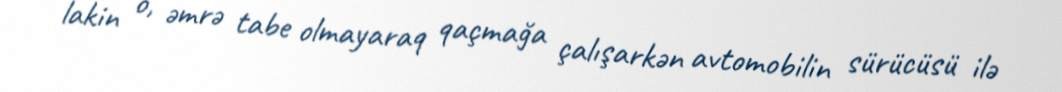
lakin o, əmrə tabe olmayaraq qaçmağa çalışarkən avtomobilin sürücüsü ilə